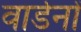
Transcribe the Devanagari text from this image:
वार्डनों